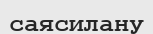
саясилану